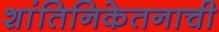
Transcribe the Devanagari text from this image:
शांतिनिकेतनाची